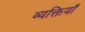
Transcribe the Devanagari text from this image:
व्यक्तियॉं